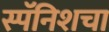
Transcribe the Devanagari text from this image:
स्पॅनिशचा